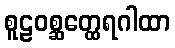
စူဠဝစ္ဆတ္ထေရဂါထာ